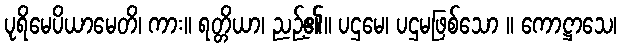
ပုရိမေပိယာမေတိ၊ ကား။ ရတ္တိယာ၊ ညဉ့်၏။ ပဌမေ၊ ပဌမဖြစ်သော ။ ကောဋ္ဌာသေ၊